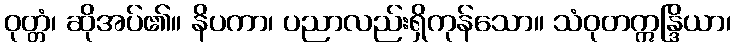
ဝုတ္တံ၊ ဆိုအပ်၏။ နိပကာ၊ ပညာလည်းရှိကုန်သော။ သံဝုတဣန္ဒြိယာ၊